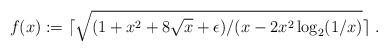
LaTeX: \begin{align*}f(x):=\lceil\sqrt{(1+x^2+8\sqrt x+\epsilon)/(x- 2 x^2\log_2(1/x)}\rceil~.\end{align*}